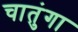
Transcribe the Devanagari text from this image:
चातुंगा